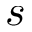
s